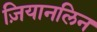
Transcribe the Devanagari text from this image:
ज़ियानलिन